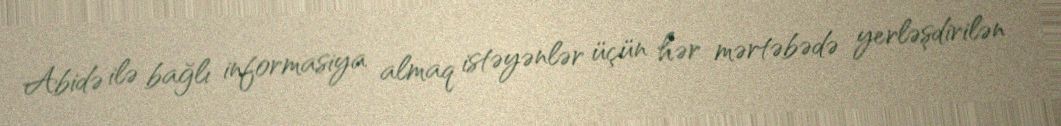
Abidə ilə bağlı informasiya almaq istəyənlər üçün hər mərtəbədə yerləşdirilən